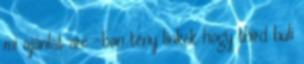
mi ajánlat are -ban tény linkek hogy third buli